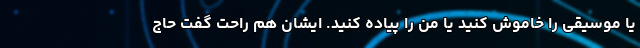
یا موسیقی را خاموش کنید یا من را پیاده کنید. ایشان هم راحت گفت حاج